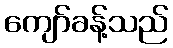
ကျော်ခန့်သည်